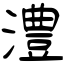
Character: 澧